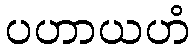
ပဟာယဟံ